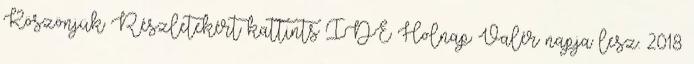
Köszönjük Részletekért kattints IDE Holnap Valér napja lesz. 2018